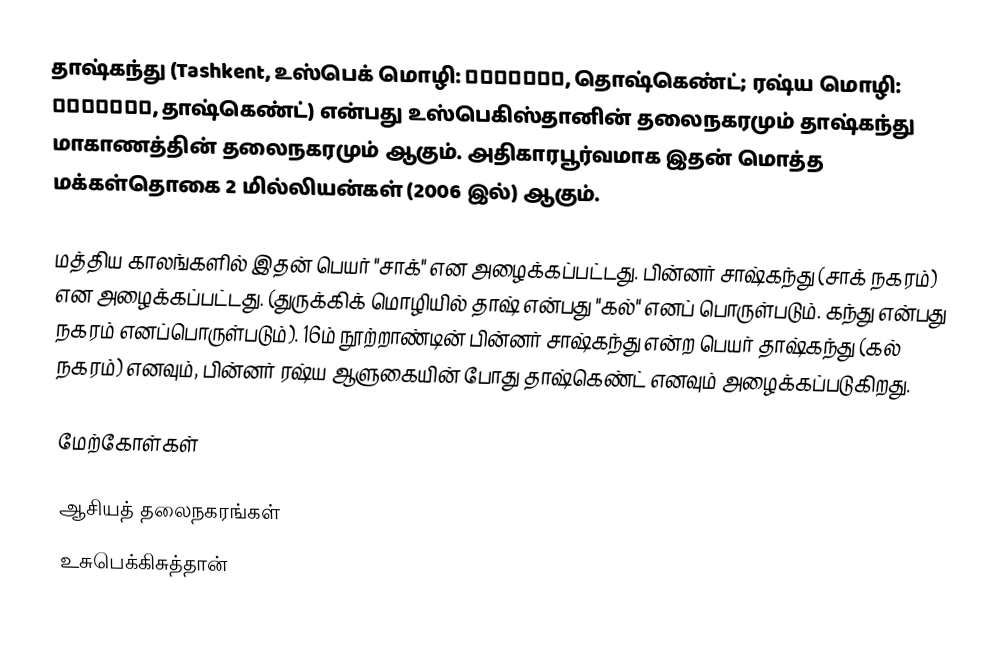
தாஷ்கந்து (Tashkent, உஸ்பெக் மொழி: Тошкент, தொஷ்கெண்ட்; ரஷ்ய மொழி: Ташкент, தாஷ்கெண்ட்) என்பது உஸ்பெகிஸ்தானின் தலைநகரமும் தாஷ்கந்து மாகாணத்தின் தலைநகரமும் ஆகும். அதிகாரபூர்வமாக இதன் மொத்த மக்கள்தொகை 2 மில்லியன்கள் (2006 இல்) ஆகும்.

மத்திய காலங்களில் இதன் பெயர் "சாக்" என அழைக்கப்பட்டது. பின்னர் சாஷ்கந்து (சாக் நகரம்) என அழைக்கப்பட்டது. (துருக்கிக் மொழியில் தாஷ் என்பது "கல்" எனப் பொருள்படும். கந்து என்பது நகரம் எனப்பொருள்படும்). 16ம் நூற்றாண்டின் பின்னர் சாஷ்கந்து என்ற பெயர் தாஷ்கந்து (கல் நகரம்) எனவும், பின்னர் ரஷ்ய ஆளுகையின் போது தாஷ்கெண்ட் எனவும் அழைக்கப்படுகிறது.

மேற்கோள்கள்

ஆசியத் தலைநகரங்கள்
உசுபெக்கிசுத்தான்